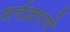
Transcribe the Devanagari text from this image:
सर्वज्ञपणे